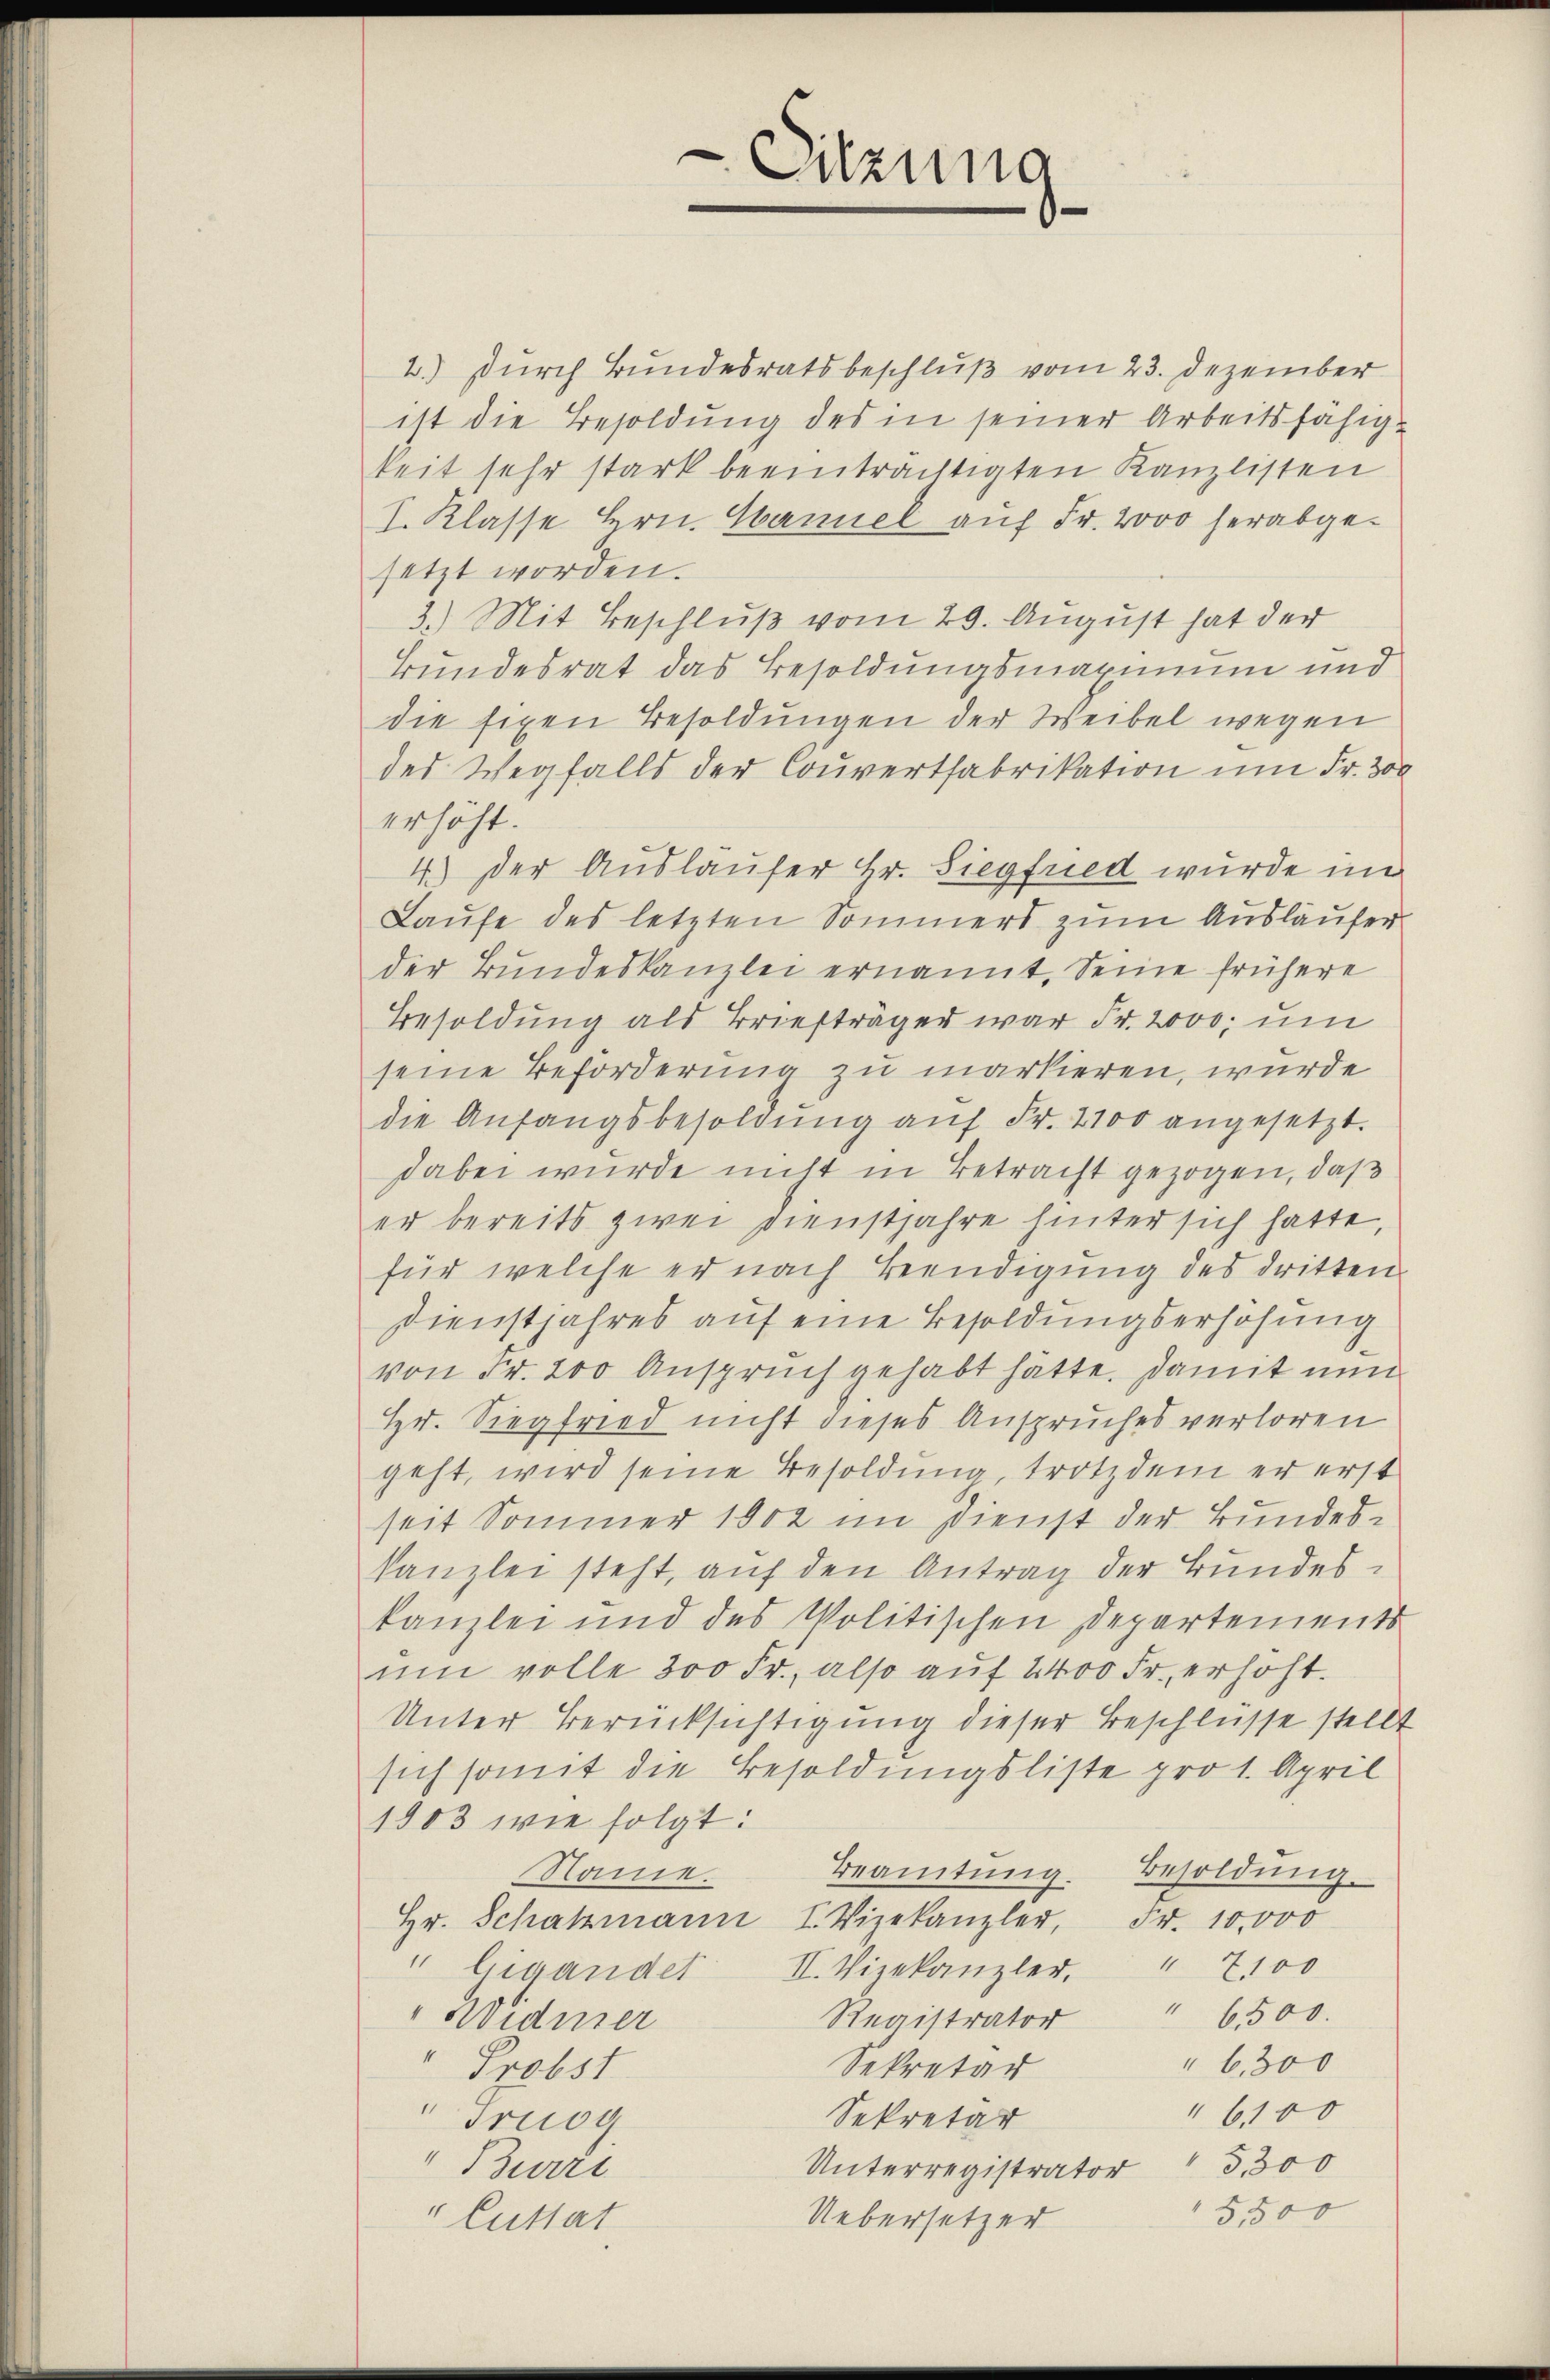
-Sitzung

2.) Durch Bundesratsbeschluß vom 23. Dezember
ist die Besoldung des in seiner Arbeitsfähigkeit sehr stark beeinträchtigten Kanzlisten
I. Klasse Hrn. Hannel auf Fr. 2000 herabgesetzt worden.
3.) Mit Beschluß vom 29. August hat der
Bundesrat das Besoldungsmaximum und
die fixen Besoldungen der Weibel wegen
des Wegfalls der Couvertfabrikation um Fr. 300
erhöht.
4.) Der Auslaufer Hr. Siegfried wurde im
Laufe des letzten Sommers zum Ausläufer
der Bundeskanzlei ernannt, Seine frühere
Besoldung als Briefträger war Fr. 2000, um
seine Beförderung zu markieren, wurde
die Anfangsbesoldŭng aŭf Fr. 2100 angesetzt.
dabei wurde nicht in Betracht gezogen, daß
er bereits zwei Dienstjahre hinter sich hatte,
für welche er nach Beendigung des dritten
Dienstjahres auf eine Besoldungserhöhung
von Fr. 200 Anspruch gehabt hätte. Damit nun
Hr. Siegfried nicht dieses Anspruches verloren
geht, wird seine Besoldung, trotzdem er erst
seit Sommer 1902 im Dienst der Bundeskanzlei steht, auf den Antrag der Bundeskanzlei und des Politischen Departements
ŭm volle 300 Fr., also auf 2400 Fr. erhöht.
Unter Berücksichtigung dieser Beschlüsse stellt
sich somit die Besoldungsliste pro 1. April
1903 wie folgt:
Beamtŭng. Besoldung.
Name.
Hr. Schatzmann I. Vizekanzler, Fr. 10,000
" Gigander II. Vizekanzler. " 7100
" 6500.
Widmer
Registrator
"6,300
Sekretär
" Probst
"6100
Sekretär
"Trusg
Unterregistrator  3,300
"Burri
5,500
Uebersetzer
" Cuttat